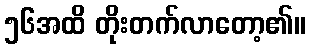
၅၆အထိ တိုးတက်လာတော့၏။